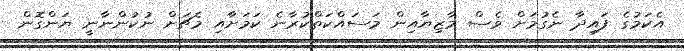
އެކަމުގެ ފައިދާ ނެގުމަށް ވެސް މާޒިޔާއިން މަސައްކަތްކުރާނެ ކަމަށާއި މެޗަށް ނުކުންނާނީ ޔަންގޮން